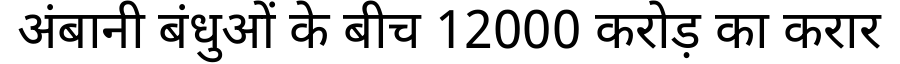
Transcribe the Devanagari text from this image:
अंबानी बंधुओं के बीच 12000 करोड़ का करार